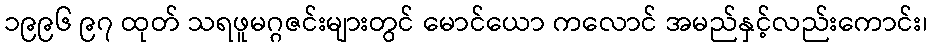
၁၉၉၆ ၉၇ ထုတ် သရဖူမဂ္ဂဇင်းများတွင် မောင်ယော ကလောင် အမည်နှင့်လည်းကောင်း၊